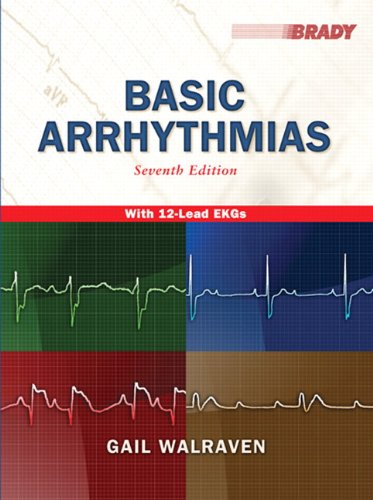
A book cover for Basic Arrhythmias, 7th Edition; Gail Walraven; Medical Books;